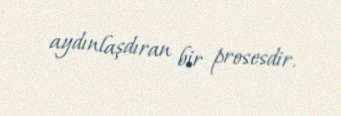
aydınlaşdıran bir prosesdir.